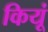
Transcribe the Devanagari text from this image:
कियूं